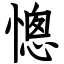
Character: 憁